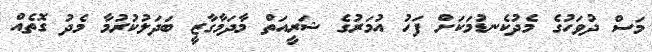
މަސް ދުވަހުގެ މެދުކެނޑުމަކަށް ފަހު އުމަރުގެ ޝަރީއަތް މާދަމާގާޒީ ބަދަލުކުރުމާ މެދު ގޮތެއް